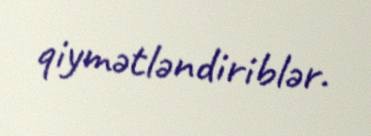
qiymətləndiriblər.